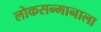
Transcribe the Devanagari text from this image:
लोकसन्मानाला